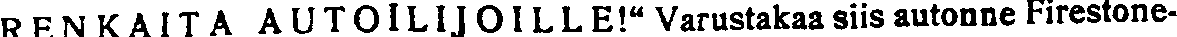
RENKAITA AUTOILIJOILLE!''Varustakaa siis autonne Firestone-